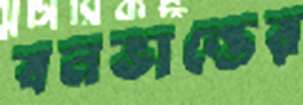
বনভান্তের